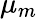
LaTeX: \mu_{m}